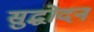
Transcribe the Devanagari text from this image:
सुद्धोदन